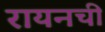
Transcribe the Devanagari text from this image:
रायनची